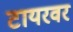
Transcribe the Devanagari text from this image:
टायरवर